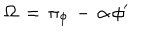
LaTeX: \Omega \, = \, \pi _ { \phi } \, - \, \alpha \, \phi ^ { \prime }